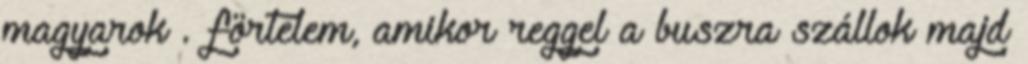
magyarok . förtelem, amikor reggel a buszra szállok majd